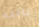
بالله